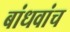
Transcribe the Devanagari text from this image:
बांधवांच